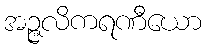
အဉ္ဇလိကရဏီယော